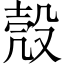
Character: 殼